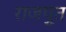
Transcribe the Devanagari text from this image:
राजपूुत